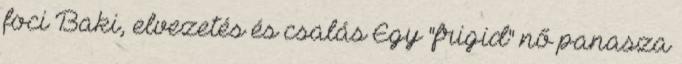
foci Baki, elvezetés és csalás Egy "frigid" nő panasza